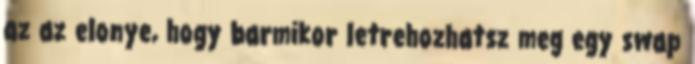
az az elonye, hogy barmikor letrehozhatsz meg egy swap